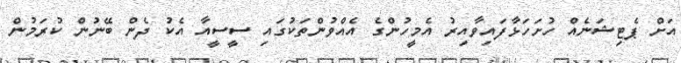
އަށް ޕެޓިޝަނެއް ހުށަހަޅާފައިވާއިރު އެމީހުންގެ އެއްވުންތަކުގައި ސީސީއާ އެކު ދެން ބޭނުން ކުރަމުން